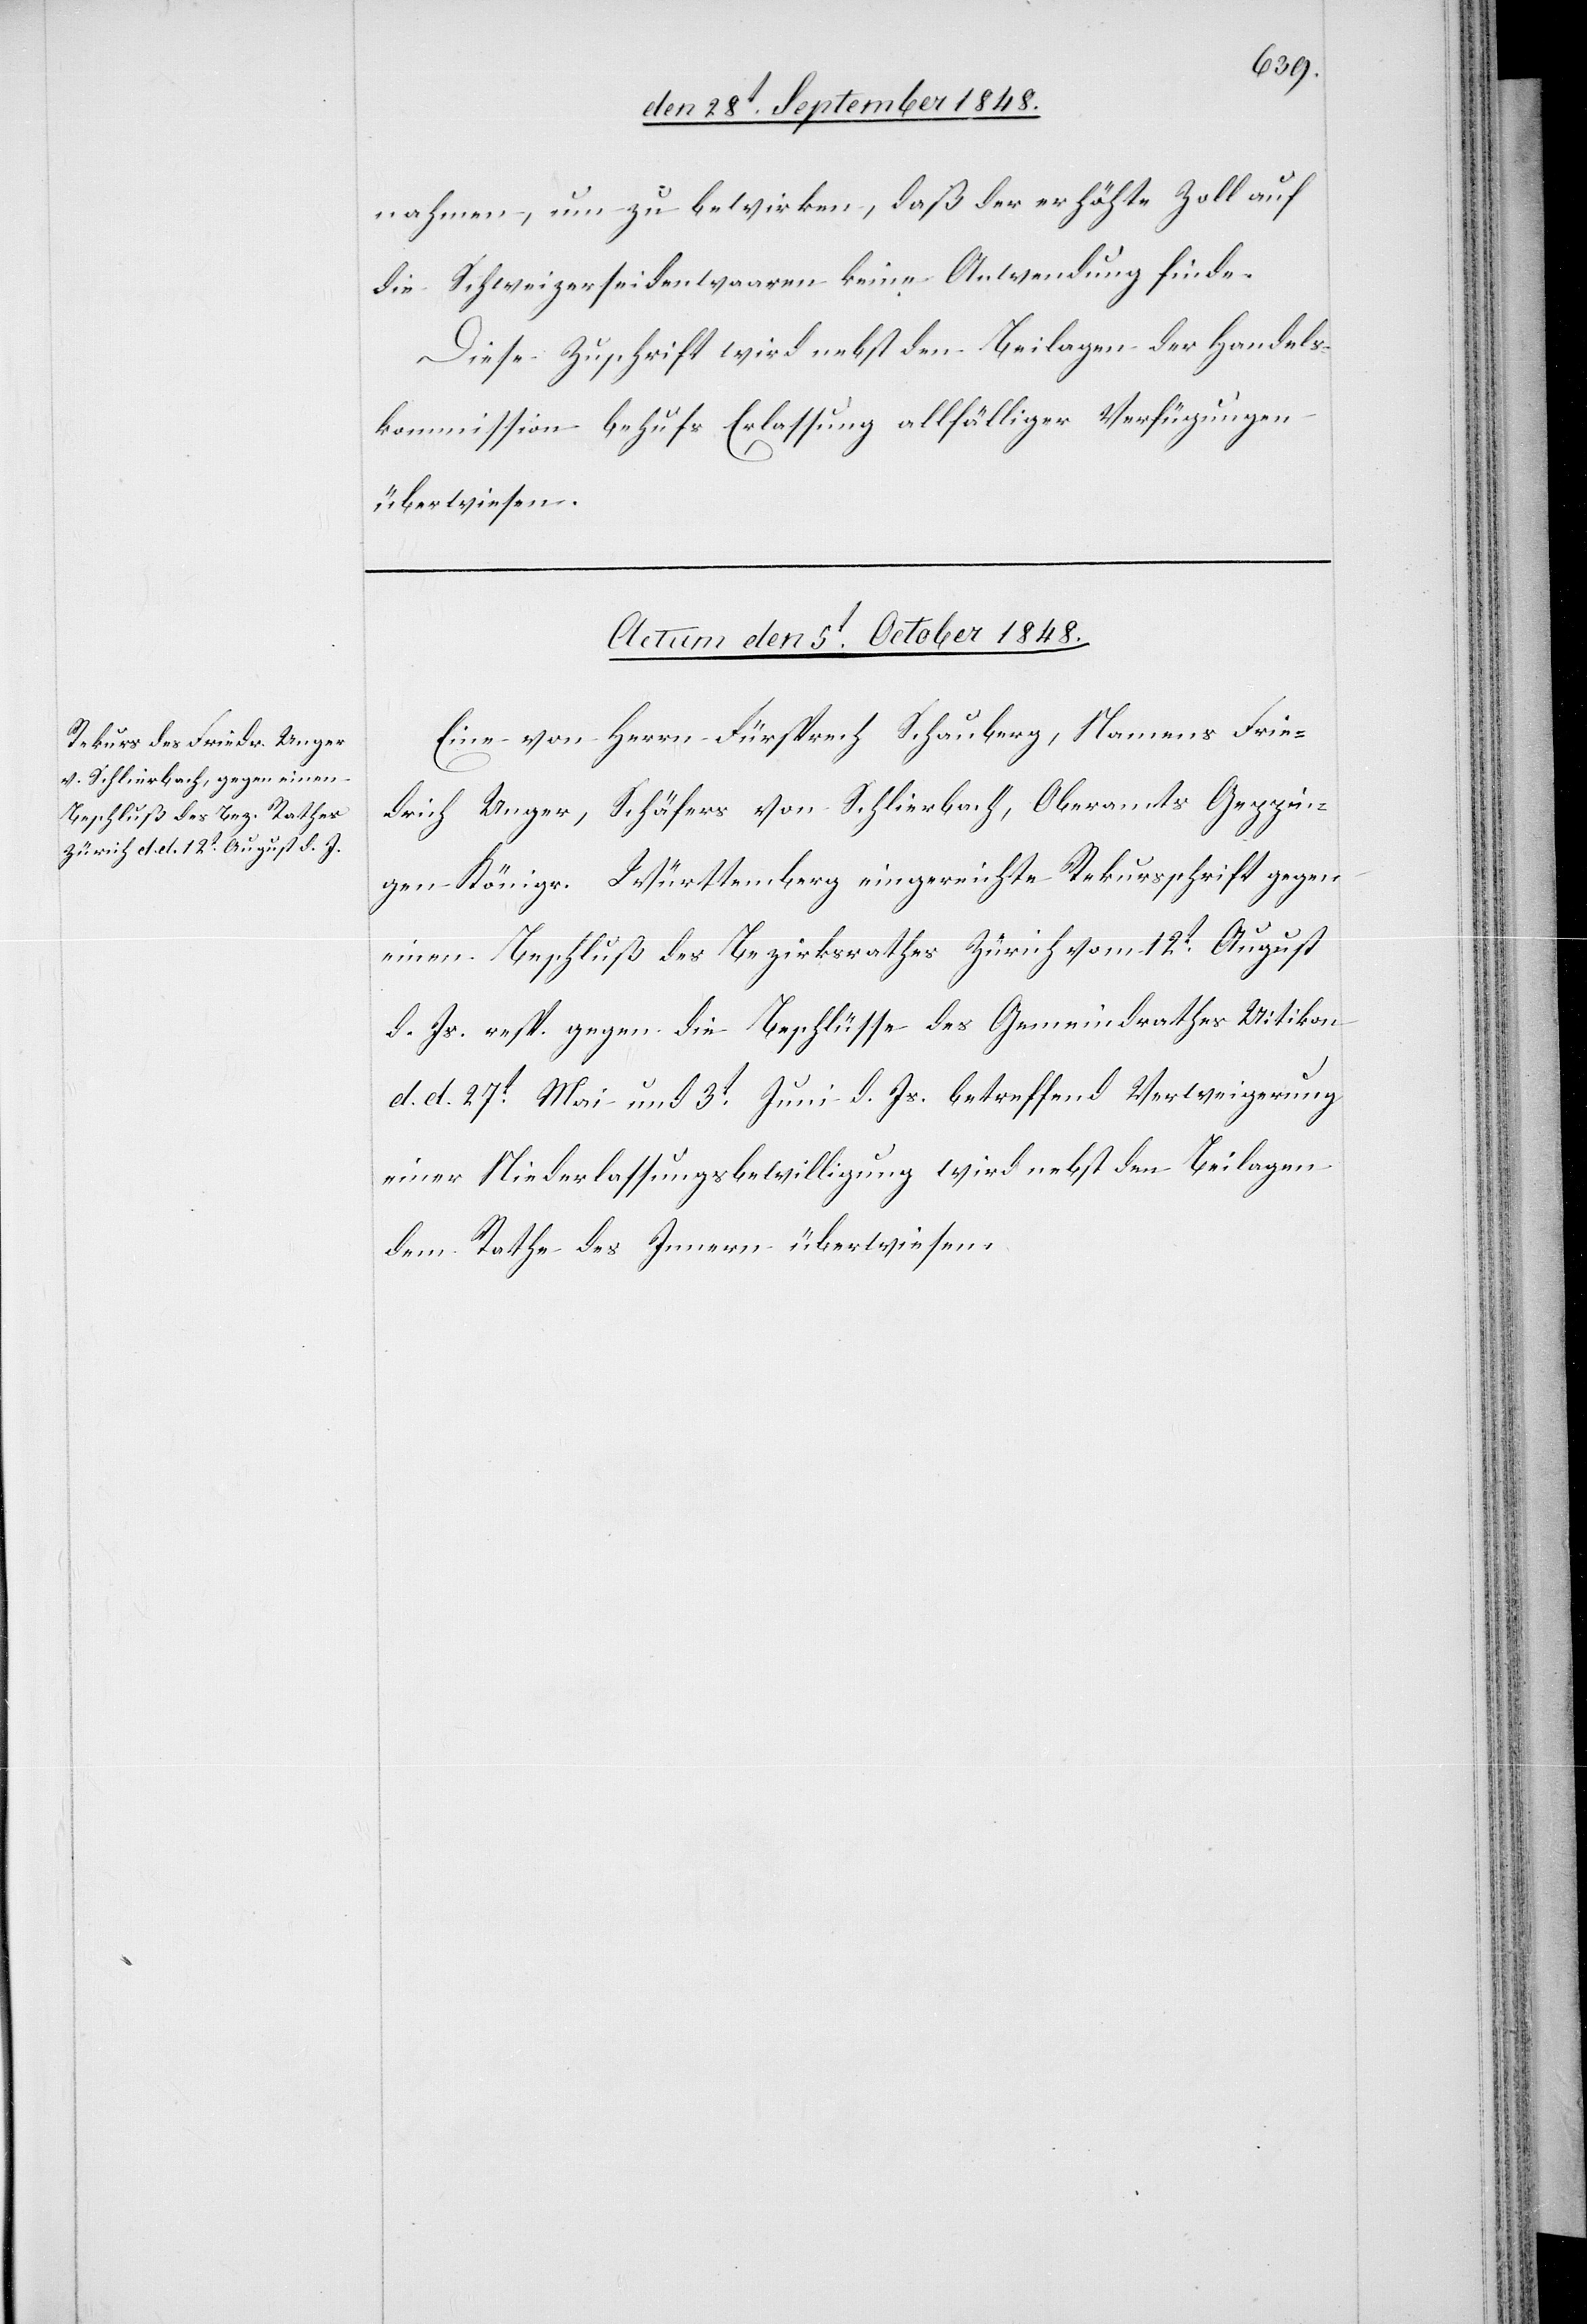
nahmen, um zu bewirken, daß der erhöhte Zoll auf
die Schweizerseidenwaaren keine Anwendung finde.
Diese Zuschrift wird nebst den Beilagen der Handels¬
kommission behufs Erlassung allfälliger Verfügungen
überwiesen.
Actum den 5t October 1848.
Eine von Herrn Fürsprech Schauberg, Namens Frie¬
drich Unger, Schäfer von Schlierbach, Oberamts Geppin¬
gen Königr. Würtemberg eingereichte Rekursschrift gegen
einen Beschluß des Bezirksrathes Zürich vom 12t. August
d. Js. resp. gegen die Beschlüsse des Gemeindrathes Uitikon
d. d. 27t. Mai und 3t. Juni d. Js. betreffend Verweigerung
einer Niederlassungsbewilligung wird nebst den Beilagen
dem Rathe des Innern überwiesen.